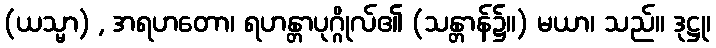
(ယသ္မာ) , အရဟတော၊ ရဟန္တာပုဂ္ဂိုလ်၏ (သန္တာန်၌။) မယာ၊ သည်။ ဒုဋ္ဌု၊